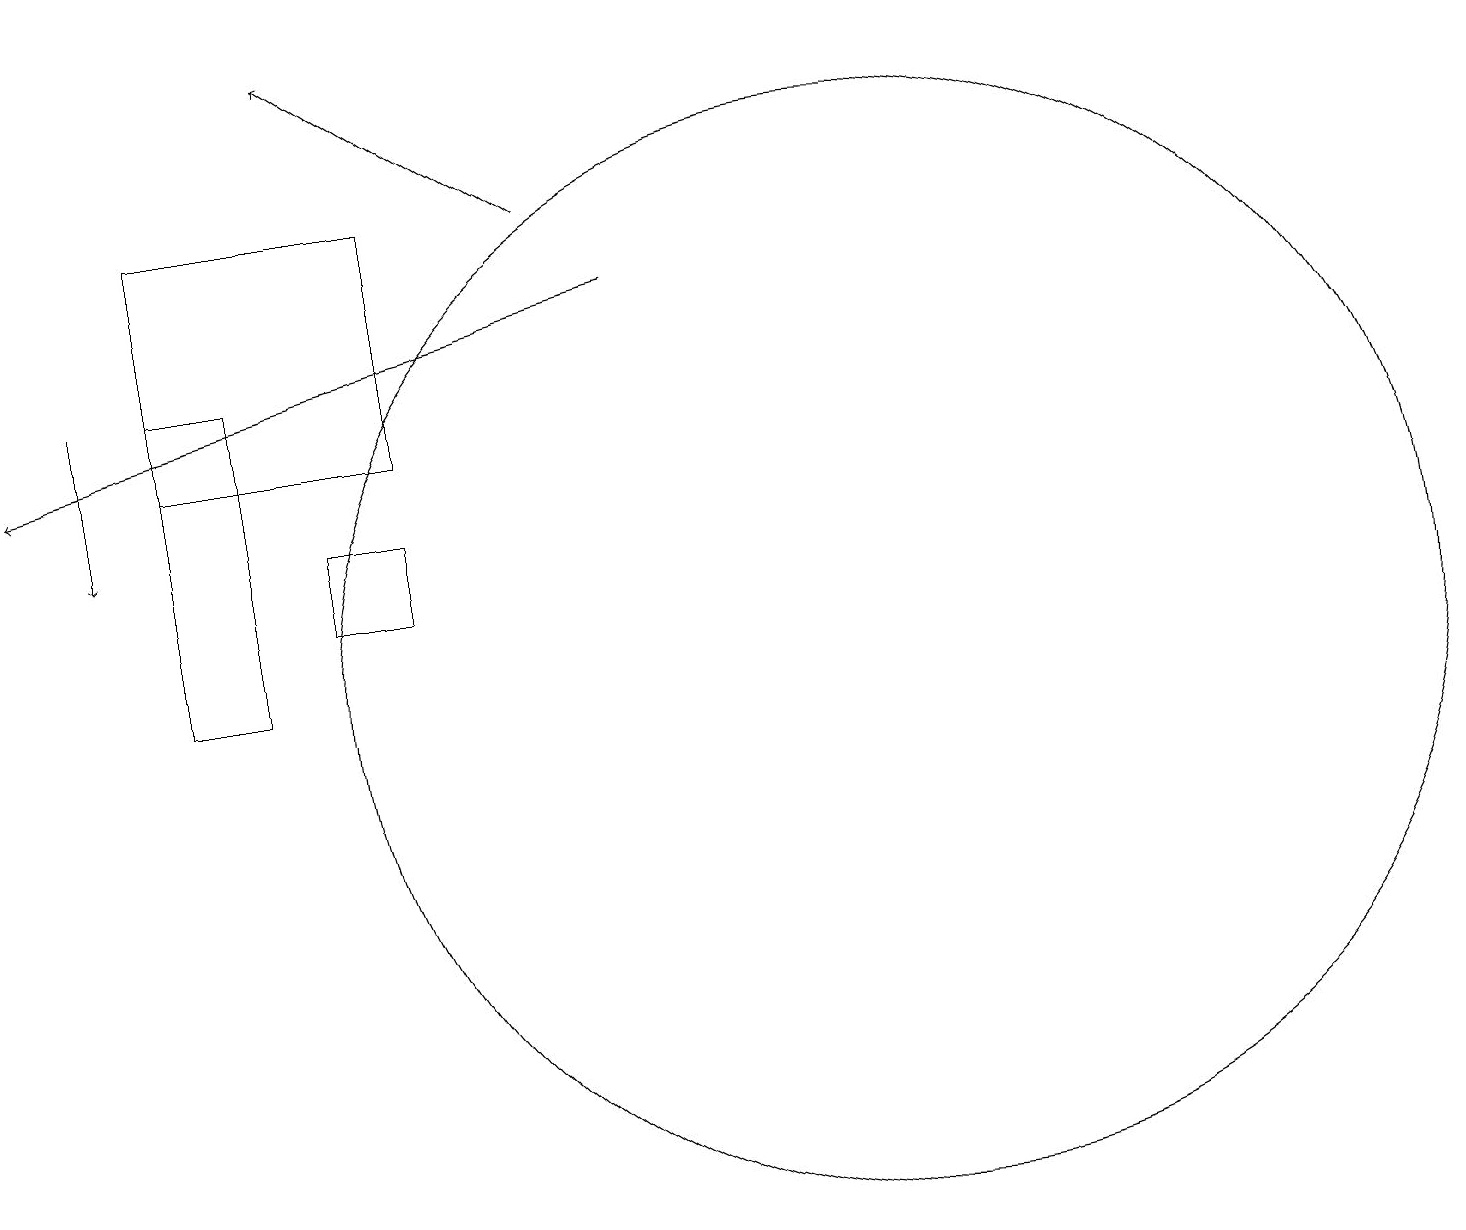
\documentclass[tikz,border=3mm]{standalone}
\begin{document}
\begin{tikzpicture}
\draw (4,14) rectangle (3,10);
\draw[->] (8,16) -- (5,18);
\draw[->] (9,15) -- (1,13);
\draw[->] (2,14) -- (2,12);
\draw (6,12) rectangle (5,11);
\draw (12,10) circle (7);
\draw (3,16) rectangle (6,13);
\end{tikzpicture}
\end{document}